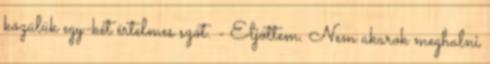
közülük egy-két értelmes szót. - Eljöttem. Nem akarok meghalni